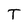
Character: T